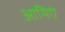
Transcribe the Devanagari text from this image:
आमिएं